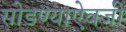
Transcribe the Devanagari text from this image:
सोडण्याऐवजी